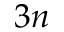
3 n